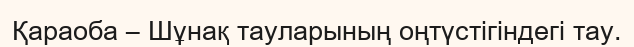
Қараоба – Шұнақ тауларының оңтүстігіндегі тау.